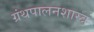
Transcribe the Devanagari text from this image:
ग्रंथपालनशास्त्र